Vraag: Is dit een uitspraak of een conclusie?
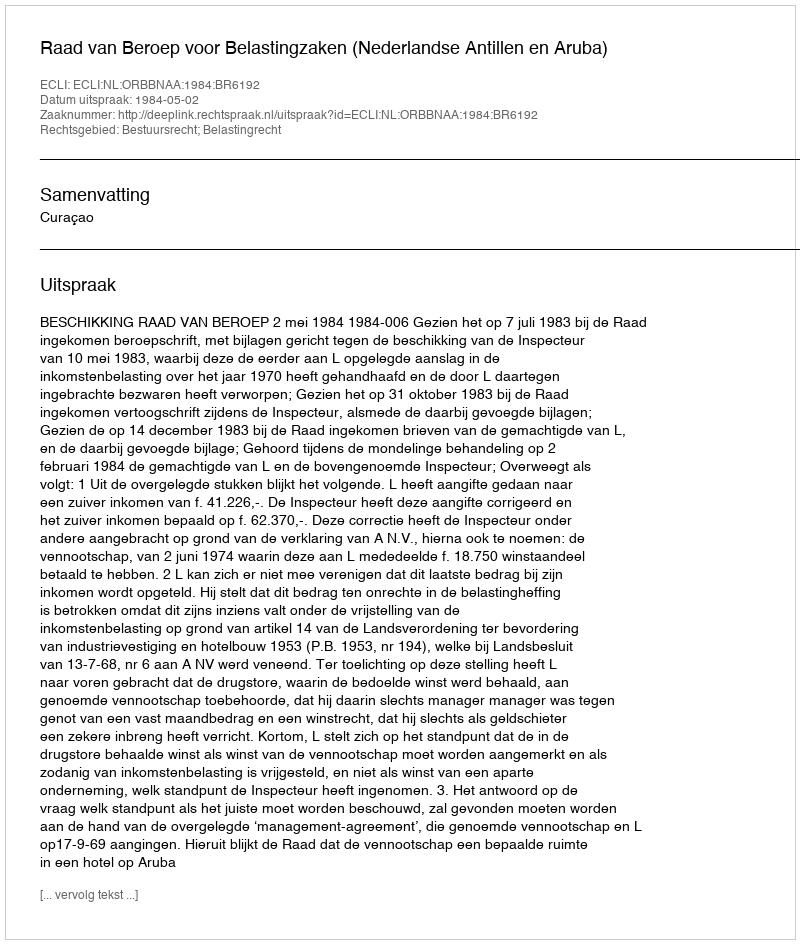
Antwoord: Uitspraak